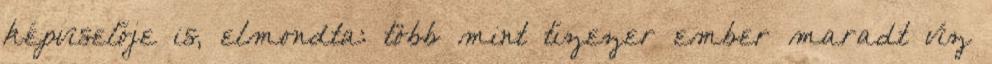
képviselője is, elmondta: több mint tízezer ember maradt víz